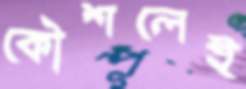
কৌশলেই